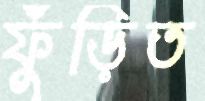
ফুঁড়িত